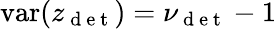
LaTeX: \mathrm{var}(z_{\mathrm{~d~e~t~}})=\nu_{\mathrm{~d~e~t~}}-1